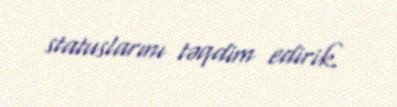
statuslarını təqdim edirik.